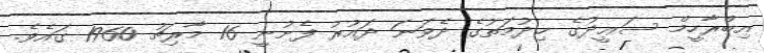
އިބްރާހީމް ސަޢީދުގެ ޚިދުމަތުގެ ދެވަނަ ދައުރު ފެށުނީ 16 މާރިޗު 1960 ގައެވެ.